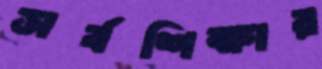
সর্বশিক্ষার